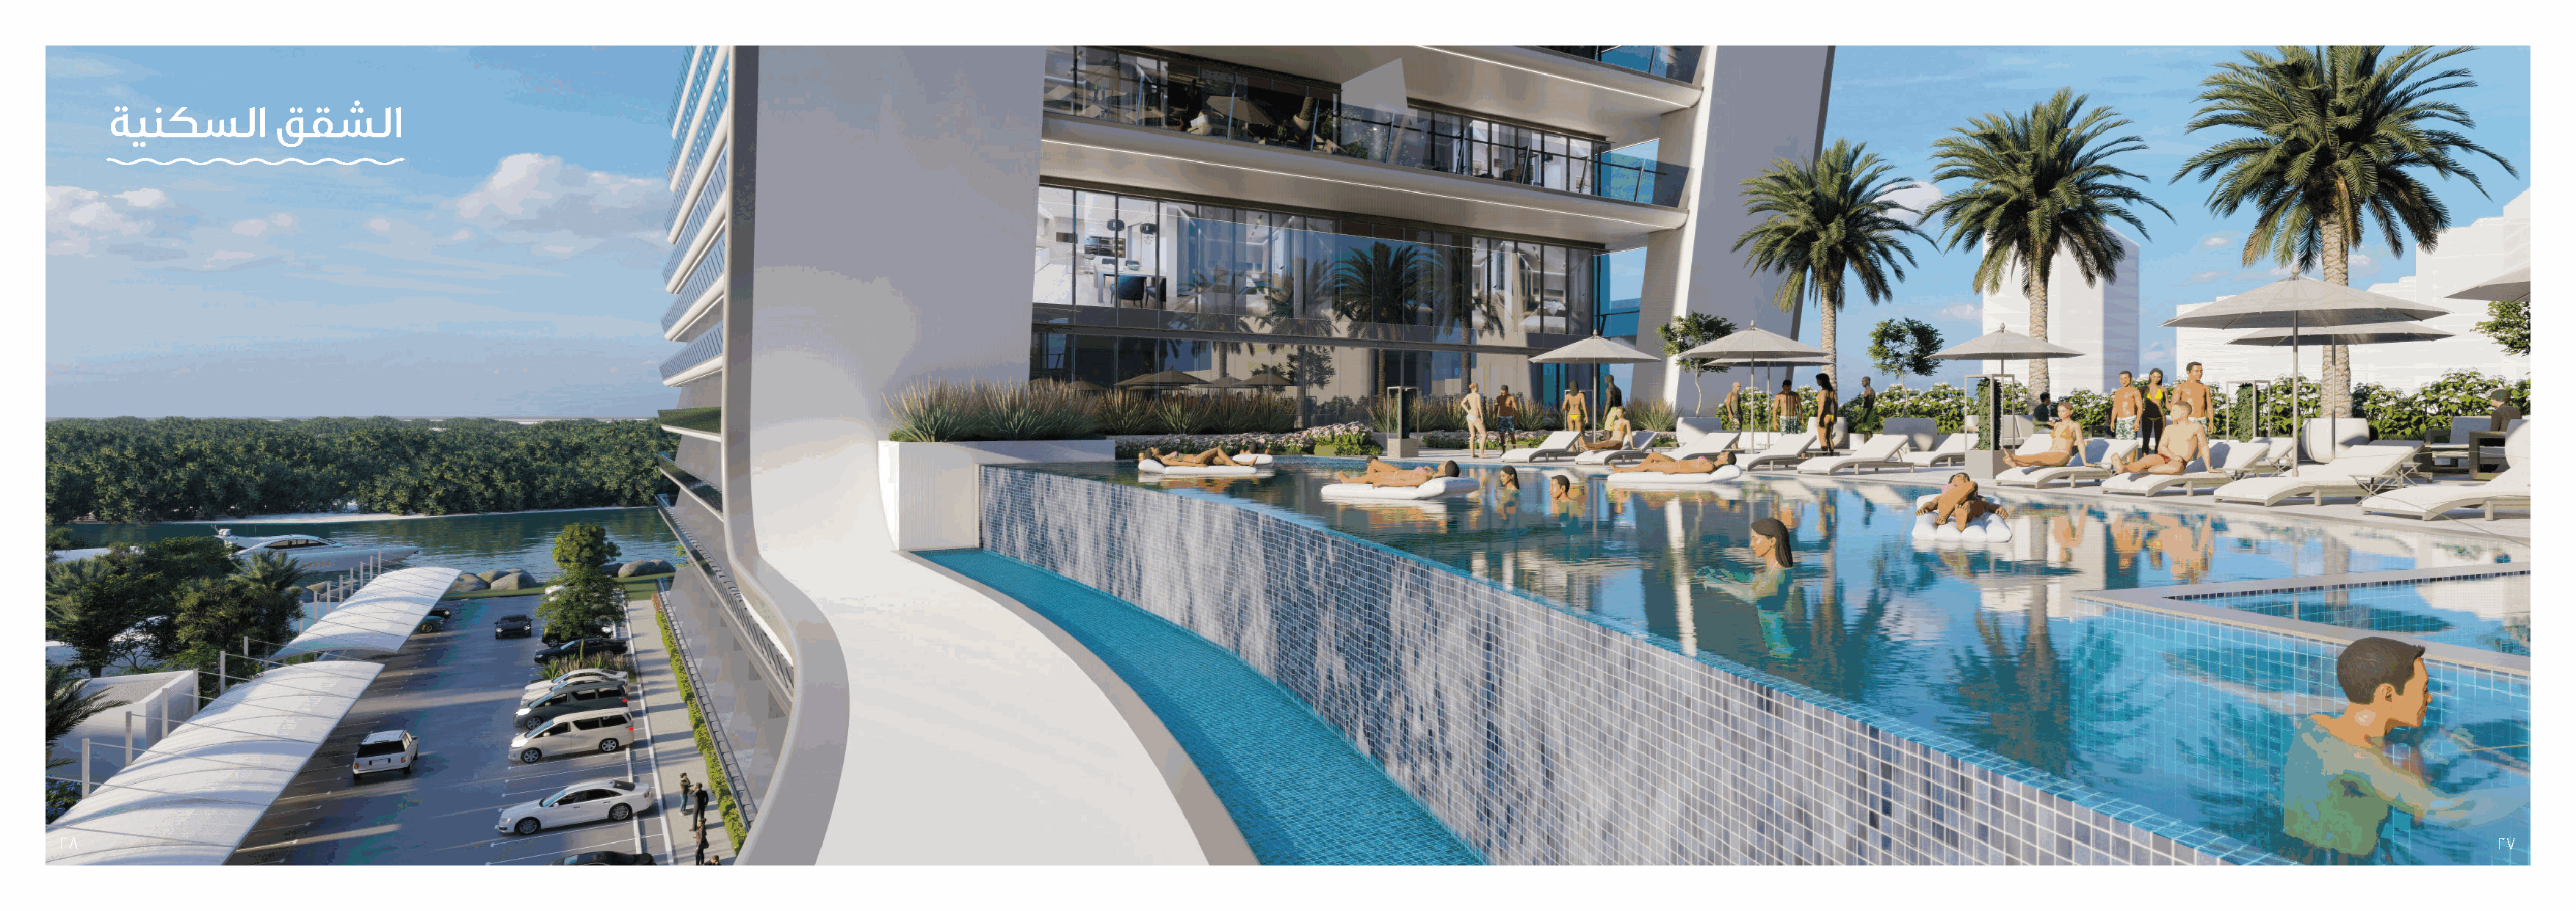
ﺔﻴﻨﻜﺴﻟا        ﻖﻘﺸﻟا
 ٢٨                                                                                                                                                                                                                          ٢٧